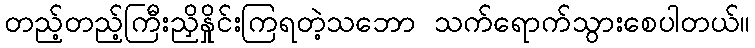
တည့်တည့်ကြီးညှိနှိုင်းကြရတဲ့သဘော သက်ရောက်သွားစေပါတယ်။